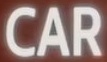
CAR